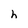
Character: h